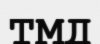
ТМД